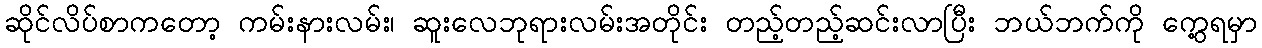
ဆိုင်လိပ်စာကတော့ ကမ်းနားလမ်း၊ ဆူးလေဘုရားလမ်းအတိုင်း တည့်တည့်ဆင်းလာပြီး ဘယ်ဘက်ကို ကွေ့ရမှာ